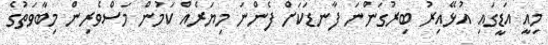
މިއީ އަޑީގައި އުޅޭއިރު ބިރުގަންނަ ފާނޑަކަށް ފެންނަ މިޔަރެއް ކަމުން މަސްވެރިން މިބާވަތުގެ